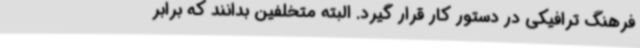
فرهنگ ترافیکی در دستور کار قرار گیرد. البته متخلفین بدانند که برابر